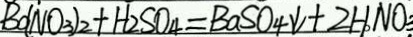
B o ( N O _ { 3 } ) _ { 2 } + H _ { 2 } S O _ { 4 } = B a S O _ { 4 } \downarrow + 2 H N O _ { 3 }